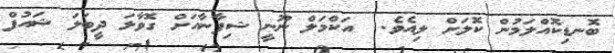
ބޮނޑިކޮއްލަމުން ކޮލަށް ލިއެވެ.  އަކްމަލް ނޫނީ ޝިފާނާއަށް ގޮވާލަ ދީބަލަ ޝައުފް